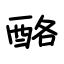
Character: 酪